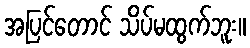
အပြင်တောင် သိပ်မထွက်ဘူး။